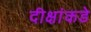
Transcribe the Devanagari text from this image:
दीक्षांकडे